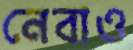
নেবাও